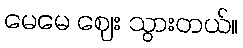
မေမေ ဈေး သွားတယ်။